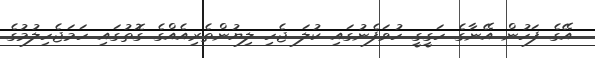
އޭގެ ފަހުން އޭނާގެ ހަގީގީ ހުވަފެނުގައި ކުލަ ޖެހި ލިޔުންތެރިއެއްގެ ގޮތުގައި ހަމަޖެހިލުމުގެ